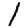
Digit: 1